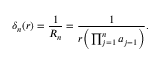
\delta _ { n } ( r ) = { \frac { 1 } { R _ { n } } } = { \frac { 1 } { r \Big ( \prod _ { j = 1 } ^ { n } a _ { j - 1 } \Big ) } } .